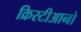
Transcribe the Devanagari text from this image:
क्रिस्टीआनो